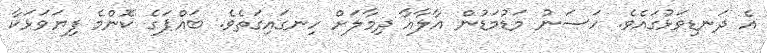
އެ ދަނޑިވަޅުގައެވެ. ހަސަނު މަޑުމަޑުން އާލާއާ ދިމާލަށް ހިނގައިގަތެވެ. ބައްޕަގެ ކޮންމެ ފިޔަވަޅަކާ